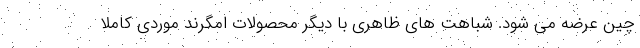
چین عرضه می شود. شباهت های ظاهری با دیگر محصولات امگرند موردی کاملا